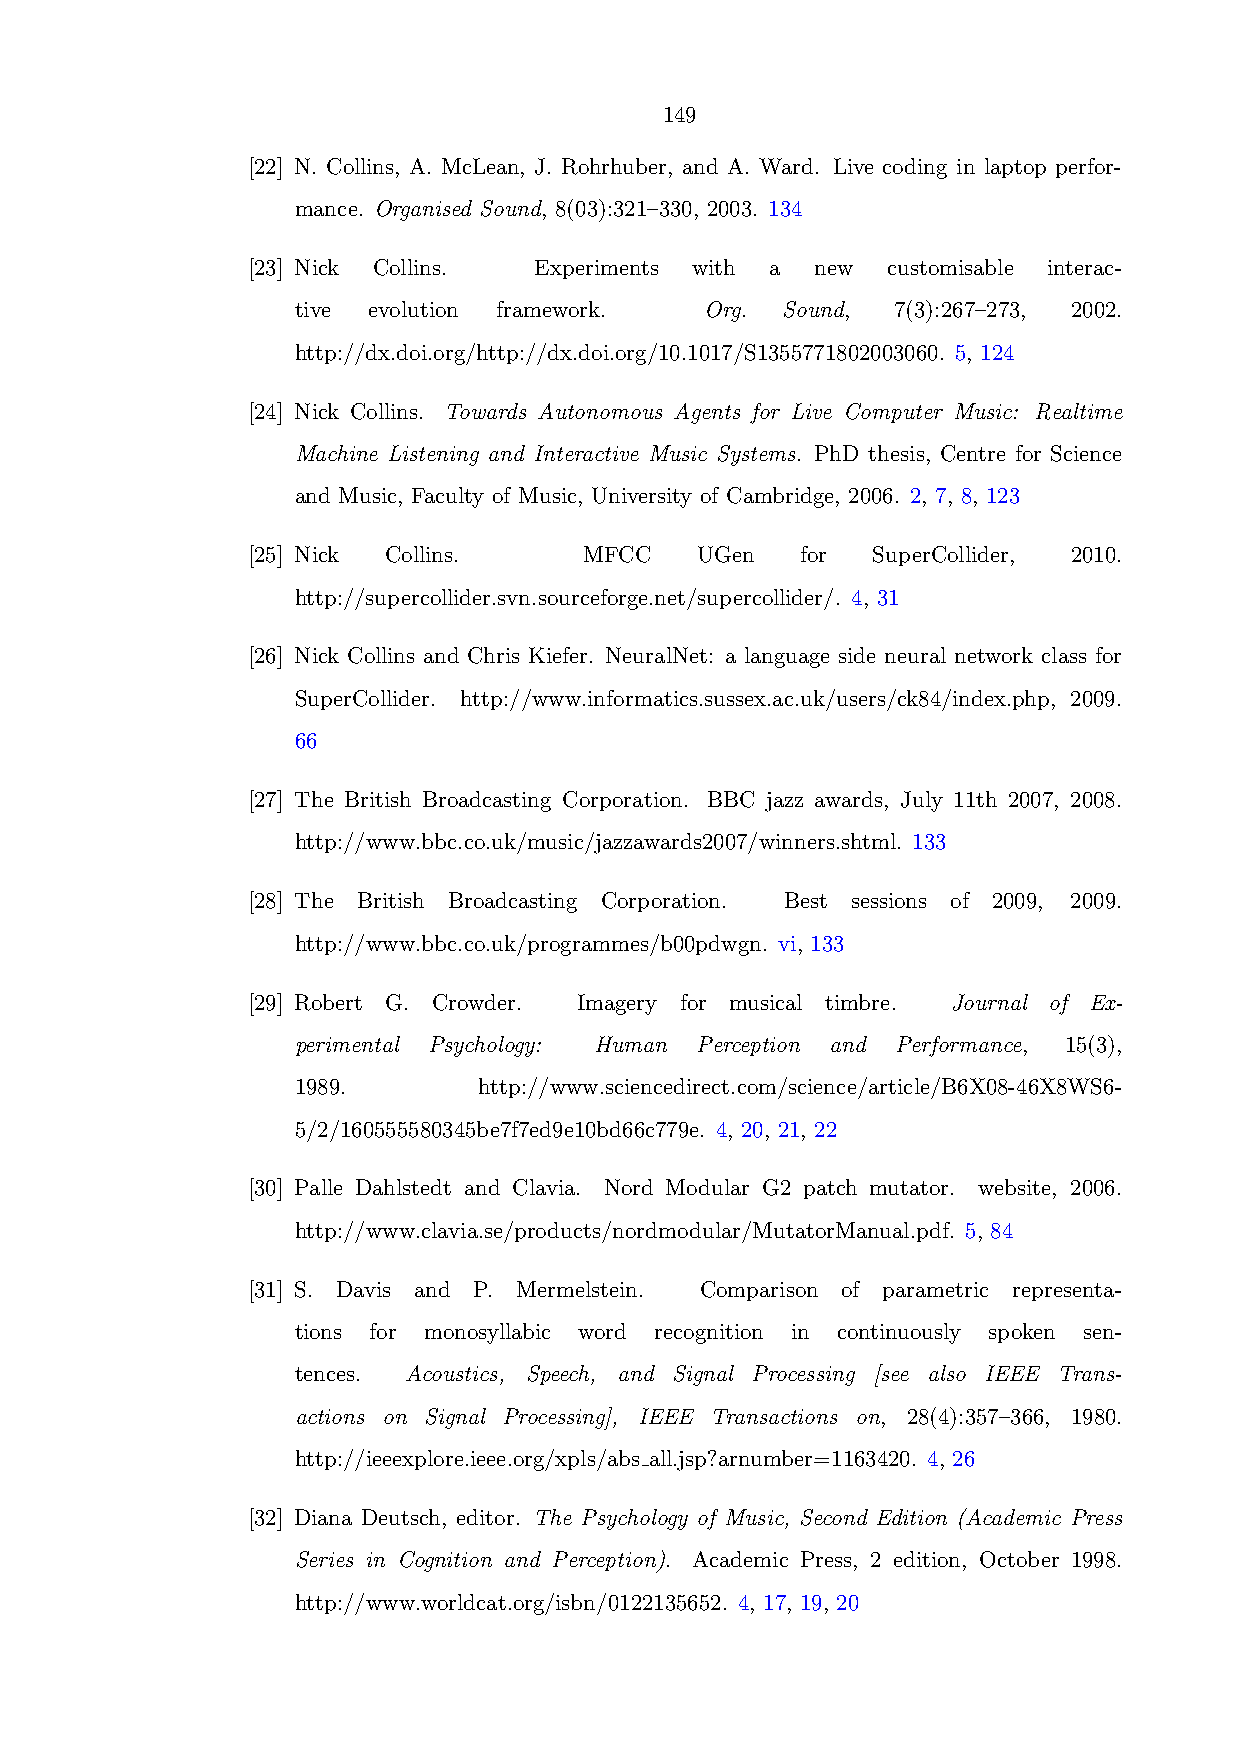
149
 [22] N. Collins, A. McLean, J. Rohrhuber, and A. Ward. Live coding in laptop perfor-
 mance. Organised Sound, 8(03):321–330, 2003. 134
 [23] Nick Collins. Experiments with a new  customisable interac-
 tive evolution framework.   Org. Sound, 7(3):267–273, 2002.
 http://dx.doi.org/http://dx.doi.org/10.1017/S1355771802003060. 5, 124
 [24] Nick Collins. Towards Autonomous Agents for Live Computer Music: Realtime
 Machine Listening and Interactive Music Systems. PhD thesis, Centre for Science
 and Music, Faculty of Music, University of Cambridge, 2006. 2, 7, 8, 123
 [25] Nick Collins.     MFCC   UGen   for  SuperCollider, 2010.
 http://supercollider.svn.sourceforge.net/supercollider/. 4, 31
 [26] Nick Collins and Chris Kiefer. NeuralNet: a language side neural network class for
 SuperCollider. http://www.informatics.sussex.ac.uk/users/ck84/index.php, 2009.
 66
 [27] The British Broadcasting Corporation. BBC jazz awards, July 11th 2007, 2008.
 http://www.bbc.co.uk/music/jazzawards2007/winners.shtml. 133
 [28] The British Broadcasting Corporation. Best sessions of 2009, 2009.
 http://www.bbc.co.uk/programmes/b00pdwgn. vi, 133
 [29] Robert G. Crowder. Imagery for musical timbre. Journal of Ex-
 perimental Psychology: Human Perception and Performance, 15(3),
 1989.        http://www.sciencedirect.com/science/article/B6X08-46X8WS6-
 5/2/160555580345be7f7ed9e10bd66c779e. 4, 20, 21, 22
 [30] Palle Dahlstedt and Clavia. Nord Modular G2 patch mutator. website, 2006.
 http://www.clavia.se/products/nordmodular/MutatorManual.pdf. 5, 84
 [31] S. Davis and P. Mermelstein. Comparison of parametric representa-
 tions for monosyllabic word recognition in continuously spoken sen-
 tences. Acoustics, Speech, and Signal Processing [see also IEEE Trans-
 actions on Signal Processing], IEEE Transactions on, 28(4):357–366, 1980.
 http://ieeexplore.ieee.org/xpls/abs all.jsp?arnumber=1163420. 4, 26
 [32] Diana Deutsch, editor. The Psychology of Music, Second Edition (Academic Press
 Series in Cognition and Perception). Academic Press, 2 edition, October 1998.
 http://www.worldcat.org/isbn/0122135652. 4, 17, 19, 20